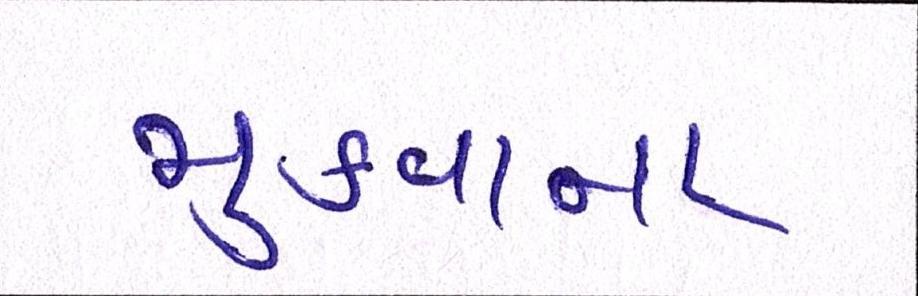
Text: મુકવાના